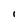
Character: i